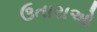
ઉતારાઓ